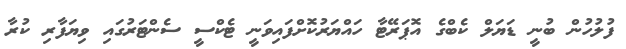
ފުލުހުން ބުނީ ޑަޔަލް ކެބްގެ އޮޕަރޭޓާ ހައްޔަރުކޮށްފައިވަނީ ޓެކްސީ ސެންޓަރުގައި ވިޔަފާރި ކުރާ